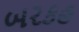
બરકહ